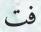
فت